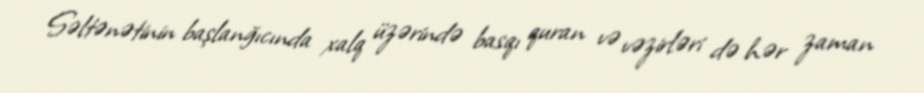
Səltənətinin başlanğıcında xalq üzərində basqı quran və vəzirləri də hər zaman